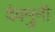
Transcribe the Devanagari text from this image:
देवमुनी